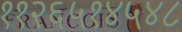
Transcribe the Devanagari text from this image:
११२६५१४५४८